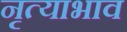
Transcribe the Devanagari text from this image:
नृत्याभाव